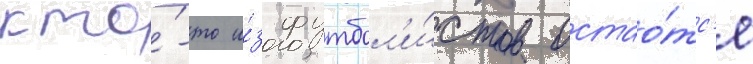
кто́-то и́з футбол'и́стов остао́тс'я